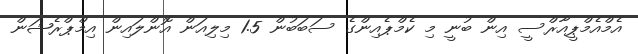
އެމްއެމްޕީއާރްސީ އިން ބުނީ މި ކެމްޕެއިންގެ ސަބަބުން 1.5 މިލިއަން އޮންލައިން އިމްޕްރެޝަން